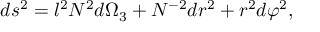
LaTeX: d s ^ { 2 } = l ^ { 2 } N ^ { 2 } d \Omega _ { 3 } + N ^ { - 2 } d r ^ { 2 } + r ^ { 2 } d \varphi ^ { 2 } ,